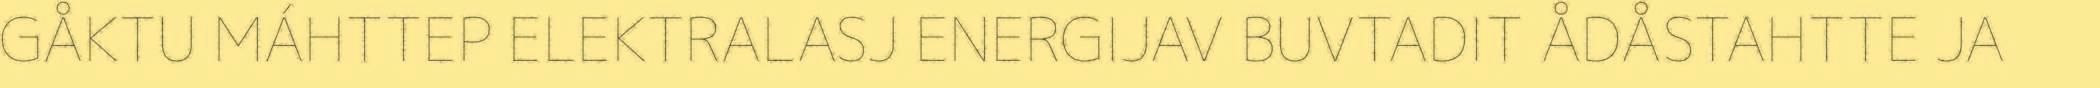
GÅKTU MÁHTTEP ELEKTRALASJ ENERGIJAV BUVTADIT ÅDÅSTAHTTE JA